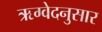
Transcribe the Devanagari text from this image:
ऋग्वेदनुसार